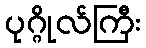
ပုဂ္ဂိုလ်ကြီး